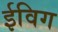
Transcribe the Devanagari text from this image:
ईविग